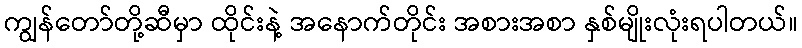
ကျွန်တော်တို့ဆီမှာ ထိုင်းနဲ့ အနောက်တိုင်း အစားအစာ နှစ်မျိုးလုံးရပါတယ်။